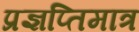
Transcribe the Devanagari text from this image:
प्रज्ञप्तिमात्र